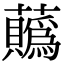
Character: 𧅅